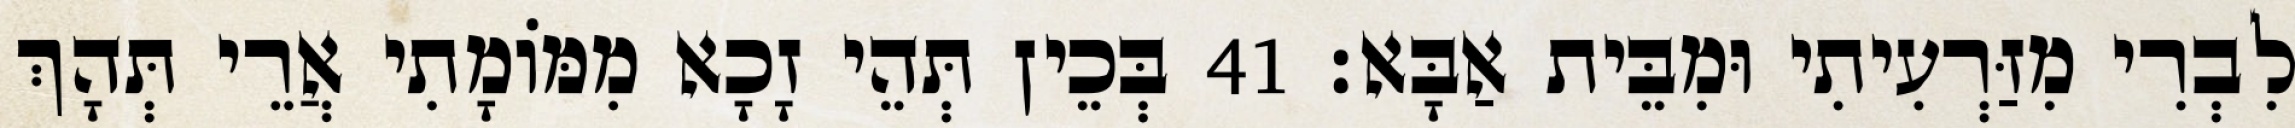
לִבְרִי מִזַּרְעִיתִי וּמִבֵּית אַבָּא׃ 41 בְּכֵין תְּהֵי זָכָא מִמּוֹמָתִי אֲרֵי תְּהָךְ